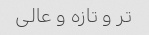
تر و تازه و عالی